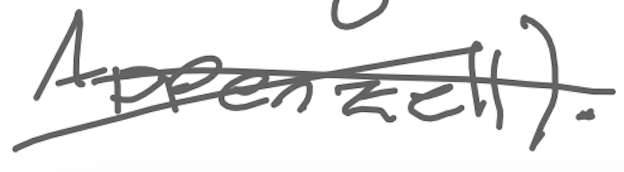
Text: Appenzell).
Cross-out: cross
Writing tool: digital_gray